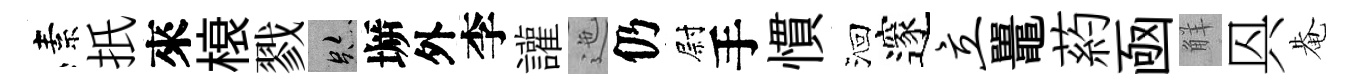
素扺來榱戮跡󶱲外李讙迤仍尉手慣洄邃立鼉葯凾觧㒷𤲅